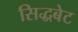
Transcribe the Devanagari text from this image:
सिद्धबेट